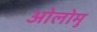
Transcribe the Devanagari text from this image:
ओलोमु